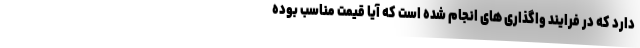
دارد که در فرایند واگذاری های انجام شده است که آیا قیمت مناسب بوده